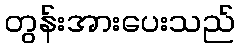
တွန်းအားပေးသည်